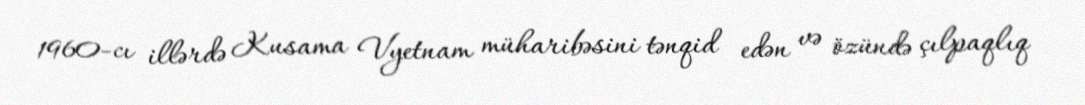
1960-cı illərdə Kusama Vyetnam müharibəsini tənqid edən və özündə çılpaqlıq